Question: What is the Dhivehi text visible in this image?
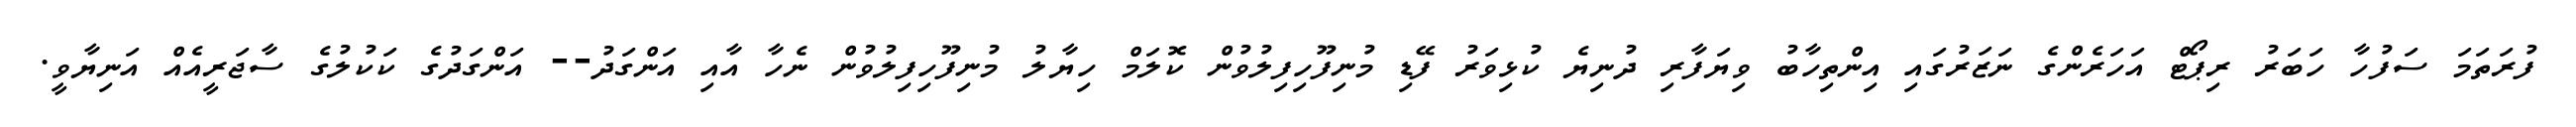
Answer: ފުރަތަމަ ސަފުހާ ހަބަރު ރިޕޯޓް އަހަރެންގެ ނަޒަރުގައި އިންތިހާބު ވިޔަފާރި ދުނިޔެ ކުޅިވަރު ފޭޑި މުނިފޫހިފިލުވުން ކޮލަމް ހިޔާލު މުނިފޫހިފިލުވުން ނެހާ އާއި އަންގަދު-- އަންގަދުގެ ކަކުލުގެ ސާޖަރީއެއް އަނިޔާވީ.